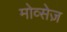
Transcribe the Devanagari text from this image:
मोव्सेज़